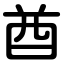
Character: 酋